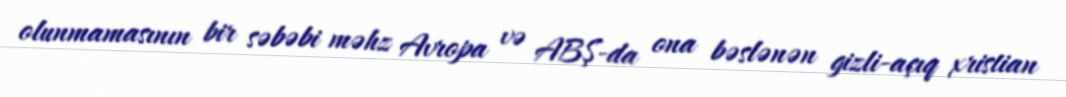
olunmamasının bir səbəbi məhz Avropa və ABŞ-da ona bəslənən gizli-açıq xristian